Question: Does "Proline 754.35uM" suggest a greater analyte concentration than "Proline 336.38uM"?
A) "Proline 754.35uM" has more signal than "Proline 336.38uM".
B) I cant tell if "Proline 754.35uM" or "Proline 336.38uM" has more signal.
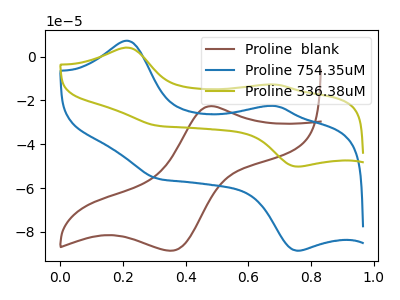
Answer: <think>The brown curve "Proline  blank" has an anodic peak at (0.50V, -22.60uA) and a cathodic peak at (0.35V, -88.60uA). The blue curve "Proline 754.35uM" has anodic peaks at (0.20V, 7.20uA) (0.70V, -22.55uA) and cathodic peaks at (0.30V, -55.80uA) (0.75V, -88.60uA). The olive curve "Proline 336.38uM" has anodic peaks at (0.20V, 4.10uA) (0.70V, -12.80uA) and cathodic peaks at (0.30V, -31.65uA) (0.75V, -50.20uA).
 All the peaks in "Proline 754.35uM" have a peak in "Proline 336.38uM" at the same potential.</think>
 <answer>B) I cant tell if "Proline 754.35uM" or "Proline 336.38uM" has more signal.</answer>
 <eval>B</eval>